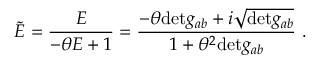
\tilde { E } = \frac { E } { - \theta E + 1 } = \frac { - \theta \mathrm { d e t } g _ { a b } + i \sqrt { \mathrm { d e t } g _ { a b } } } { 1 + \theta ^ { 2 } \mathrm { d e t } g _ { a b } } \ .